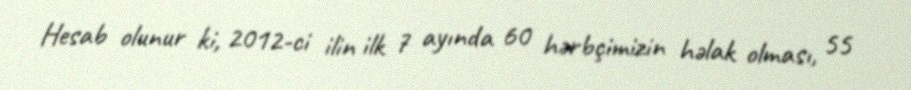
Hesab olunur ki, 2012-ci ilin ilk 7 ayında 60 hərbçimizin həlak olması, 55